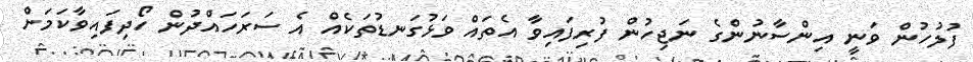
ފުލުހުން ވަނީ އިންސާނުންގެ ނަޖިހުން ފުރިފައިވާ އެތައް ވަޅުގަނޑުތަކެއް އެ ސަރަހައްދުން ހޯދިފައިވާކަމަށް